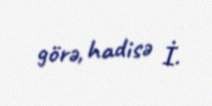
görə, hadisə İ.